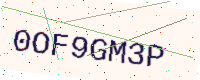
Text: 0OF9GM3P